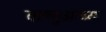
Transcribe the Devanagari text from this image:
ताल्गुआच्या